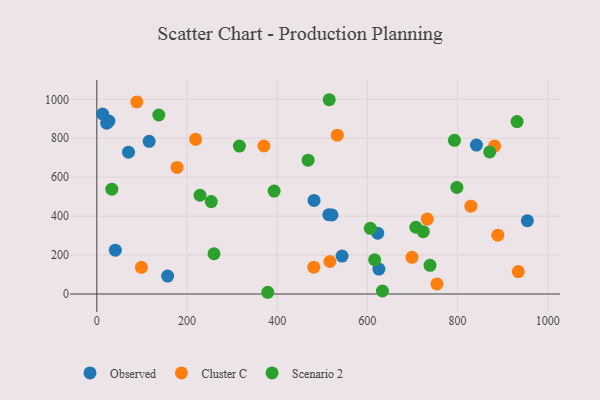
{"axis": {"x": "Ad Spend", "y": "Salary"}, "legend": ["Cluster C", "Observed", "Scenario 2"], "data": [{"x": "41.1", "y": 225.0, "type": "Observed"}, {"x": "70.3", "y": 728.5, "type": "Observed"}, {"x": "116.1", "y": 784.3, "type": "Observed"}, {"x": "521.5", "y": 406.4, "type": "Observed"}, {"x": "514.6", "y": 407.1, "type": "Observed"}, {"x": "842.0", "y": 764.8, "type": "Observed"}, {"x": "625.6", "y": 128.0, "type": "Observed"}, {"x": "12.9", "y": 924.5, "type": "Observed"}, {"x": "544.0", "y": 194.7, "type": "Observed"}, {"x": "481.8", "y": 480.8, "type": "Observed"}, {"x": "26.9", "y": 888.0, "type": "Observed"}, {"x": "157.1", "y": 92.0, "type": "Observed"}, {"x": "623.1", "y": 312.7, "type": "Observed"}, {"x": "955.0", "y": 376.9, "type": "Observed"}, {"x": "21.9", "y": 877.2, "type": "Observed"}, {"x": "533.3", "y": 815.6, "type": "Cluster C"}, {"x": "829.7", "y": 451.0, "type": "Cluster C"}, {"x": "88.7", "y": 986.8, "type": "Cluster C"}, {"x": "754.4", "y": 51.6, "type": "Cluster C"}, {"x": "934.8", "y": 115.4, "type": "Cluster C"}, {"x": "370.7", "y": 760.3, "type": "Cluster C"}, {"x": "889.4", "y": 302.3, "type": "Cluster C"}, {"x": "178.0", "y": 650.0, "type": "Cluster C"}, {"x": "882.2", "y": 760.7, "type": "Cluster C"}, {"x": "98.9", "y": 136.8, "type": "Cluster C"}, {"x": "219.1", "y": 794.6, "type": "Cluster C"}, {"x": "733.0", "y": 385.0, "type": "Cluster C"}, {"x": "481.3", "y": 137.9, "type": "Cluster C"}, {"x": "699.1", "y": 188.3, "type": "Cluster C"}, {"x": "516.9", "y": 167.0, "type": "Cluster C"}, {"x": "707.7", "y": 342.8, "type": "Scenario 2"}, {"x": "259.9", "y": 206.8, "type": "Scenario 2"}, {"x": "137.5", "y": 919.5, "type": "Scenario 2"}, {"x": "739.0", "y": 147.2, "type": "Scenario 2"}, {"x": "379.1", "y": 8.9, "type": "Scenario 2"}, {"x": "468.7", "y": 687.6, "type": "Scenario 2"}, {"x": "316.3", "y": 759.8, "type": "Scenario 2"}, {"x": "393.3", "y": 528.6, "type": "Scenario 2"}, {"x": "33.3", "y": 538.5, "type": "Scenario 2"}, {"x": "253.8", "y": 475.0, "type": "Scenario 2"}, {"x": "606.6", "y": 337.4, "type": "Scenario 2"}, {"x": "228.9", "y": 507.2, "type": "Scenario 2"}, {"x": "633.5", "y": 15.4, "type": "Scenario 2"}, {"x": "798.6", "y": 547.7, "type": "Scenario 2"}, {"x": "793.2", "y": 789.5, "type": "Scenario 2"}, {"x": "616.2", "y": 176.0, "type": "Scenario 2"}, {"x": "515.5", "y": 997.9, "type": "Scenario 2"}, {"x": "871.4", "y": 729.9, "type": "Scenario 2"}, {"x": "932.1", "y": 885.9, "type": "Scenario 2"}, {"x": "724.1", "y": 320.3, "type": "Scenario 2"}]}